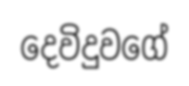
දෙවිදුවගේ